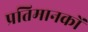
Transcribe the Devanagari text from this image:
प्रतिमानकों